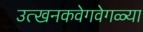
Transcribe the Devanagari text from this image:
उत्खनकवेगवेगळ्या